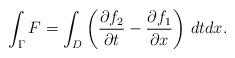
LaTeX: \begin{align*}\int_{\Gamma}F=\int_{D}\left(\dfrac{\partial f_2}{\partial t}-\dfrac{\partial f_1}{\partial x} \right) \, dt dx.\end{align*}